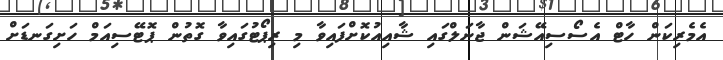
އެމެރިކަން ހާޓް އެސޯސިއޭޝަން ޖާނަލްގައި ޝާއިއުކޮށްފައިވާ މި ރިޕޯޓުގައިވާ ގޮތުން ޕޮޓޭސިއަމް ހަށިގަނޑަށް